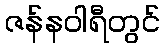
ဇန်နဝါရီတွင်